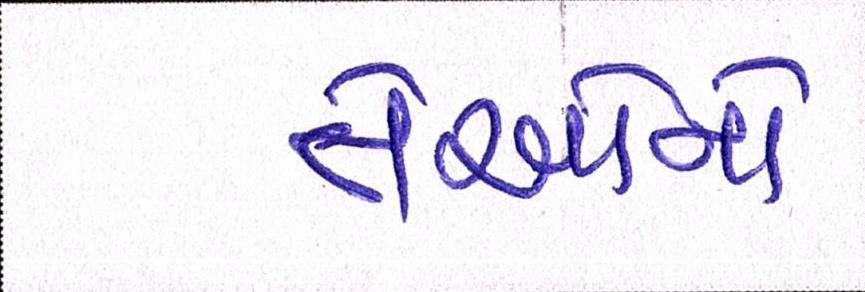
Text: તેઓનો